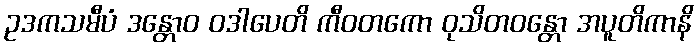
ဥဒကသမီပံ ဒန္တောဝ ဝဒါပေတိ ကီဝတကော ဝုသိတဝန္တော အပူတိကာနိ